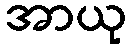
အာယု